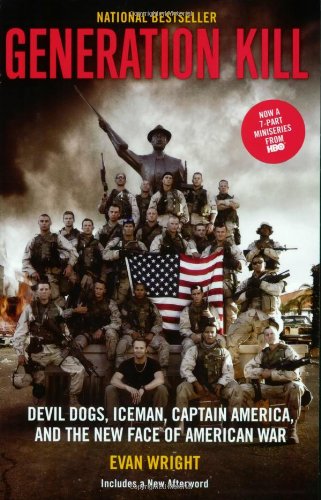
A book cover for Generation Kill; Evan Wright; History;